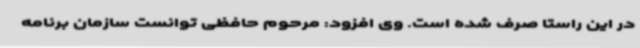
در این راستا صرف شده است. وی افزود: مرحوم حافظی توانست سازمان برنامه